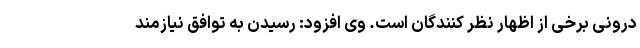
درونی برخی از اظهار نظر کنندگان است. وی افزود: رسیدن به توافق نیازمند